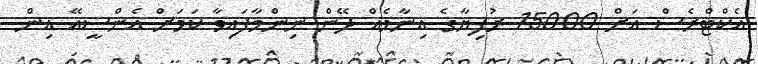
އެކްޓްރެސް އަށް 15000 ރުފިޔާގެ އިނާމެއް ދޭން ނިންމާފައިވާ ކަމަށް އެންސީއޭ އިން